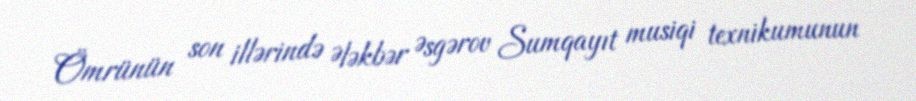
Ömrünün son illərində Ələkbər Əsgərov Sumqayıt musiqi texnikumunun